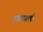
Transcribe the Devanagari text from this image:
डगमगली